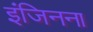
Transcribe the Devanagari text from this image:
इंजिनना